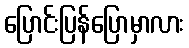
ပြောင်းပြန်ပြောမှာလား